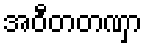
အဝီတတဏှာ